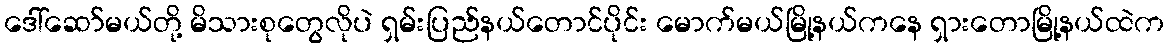
ဒေါ်ဆော်မယ်တို့ မိသားစုတွေလိုပဲ ရှမ်းပြည်နယ်တောင်ပိုင်း မောက်မယ်မြို့နယ်ကနေ ရှားတောမြို့နယ်ထဲက